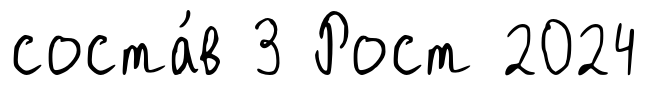
соста́в 3 Рост 2024